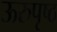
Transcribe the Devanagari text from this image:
ऊरुपृष्ठ